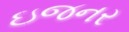
ઇજનર